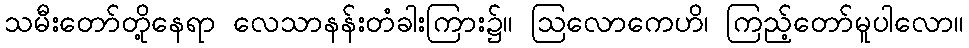
သမီးတော်တို့နေရာ လေသာနန်းတံခါးကြား၌။ ဩလောကေဟိ၊ ကြည့်တော်မူပါလော။